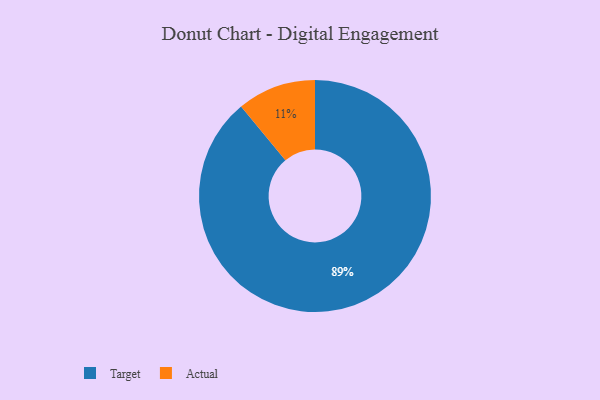
{"axis": {"x": "Category", "y": "Percentage"}, "legend": ["Actual", "Target"], "data": [{"x": "Target", "y": 89, "type": "Target"}, {"x": "Actual", "y": 11, "type": "Actual"}]}